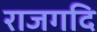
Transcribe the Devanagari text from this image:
राजगदि